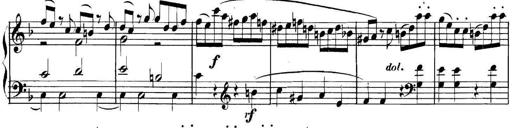
Title: Collected Piano Sonatas
Composer: Muzio Clementi